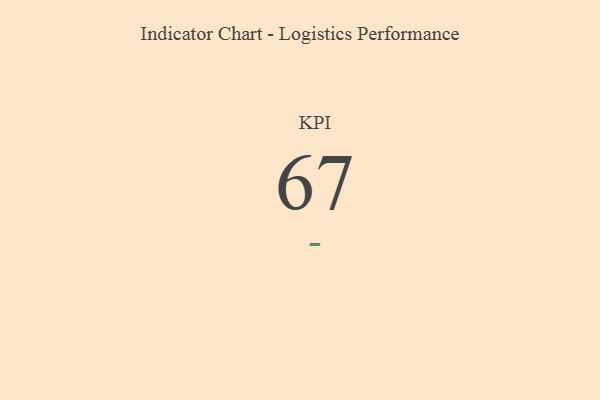
{"axis": {"x": "KPI", "y": "Value"}, "legend": [""], "data": [{"x": "KPI", "y": 67, "type": ""}]}